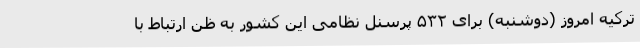
ترکیه امروز (دوشنبه) برای ۵۳۲ پرسنل نظامی این کشور به ظن ارتباط با